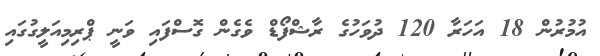
އުމުރުން 18 އަހަރާ 120 ދުވަހުގެ ރާޝްފޯޑް ވެގެން ގޮސްފައި ވަނީ ޕްރިމިއަލީގުގައި